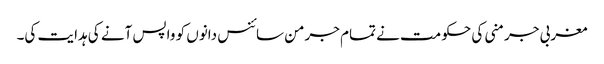
مغربی جرمنی کی حکومت نے تمام جرمن سائنس دانوں کو واپس آنے کی ہدایت کی۔